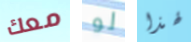
معك لو لهذا